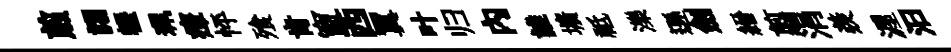
煎詡轣珮瘴怦飱肯窗西翼叶归内誰壙祗濼遜劍縉翦涓羨渥汩